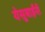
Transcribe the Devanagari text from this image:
येसूबाईंनी